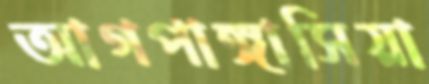
আগপাঙ্গাসিয়া